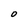
Character: 0